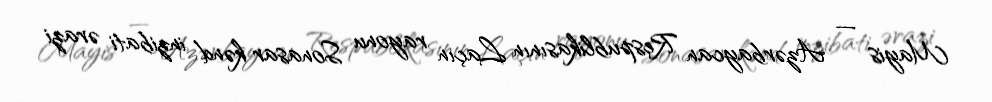
Mayis — Azərbaycan Respublikasının Laçın rayonu Sonasar kənd inzibati ərazi